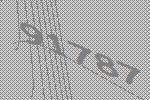
91787